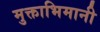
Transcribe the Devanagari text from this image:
मुक्ताभिमानी